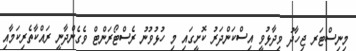
މިނިސްޓަރ ޖިހާދު ވިދާޅުވީ އިސްކަންދަރު ކޮށީގައި މި ހުޅުވުނު ރެސްޓޯރަންޓް ވެގެންދާނީ ރައްކާތެރިކަމާއި